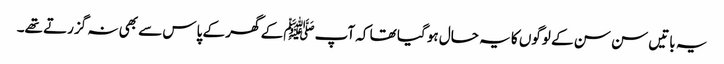
یہ باتیں سن سن کے لوگوں کا یہ حال ہو گیا تھا کہ آپﷺ کے گھر کے پاس سے بھی نہ گزرتے تھے۔